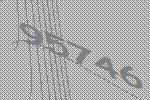
95746